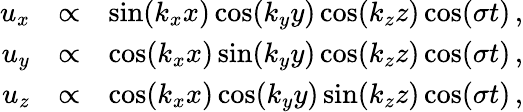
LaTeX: \begin{array}{rlr}{u_{x}}&{\propto}&{\sin(k_{x}x)\cos(k_{y}y)\cos(k_{z}z)\cos(\sigma t)\, ,}\\ {u_{y}}&{\propto}&{\cos(k_{x}x)\sin(k_{y}y)\cos(k_{z}z)\cos(\sigma t)\, ,}\\ {u_{z}}&{\propto}&{\cos(k_{x}x)\cos(k_{y}y)\sin(k_{z}z)\cos(\sigma t)\, ,}\end{array}